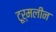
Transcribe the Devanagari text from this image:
टूर्मलीन